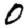
Digit: 0